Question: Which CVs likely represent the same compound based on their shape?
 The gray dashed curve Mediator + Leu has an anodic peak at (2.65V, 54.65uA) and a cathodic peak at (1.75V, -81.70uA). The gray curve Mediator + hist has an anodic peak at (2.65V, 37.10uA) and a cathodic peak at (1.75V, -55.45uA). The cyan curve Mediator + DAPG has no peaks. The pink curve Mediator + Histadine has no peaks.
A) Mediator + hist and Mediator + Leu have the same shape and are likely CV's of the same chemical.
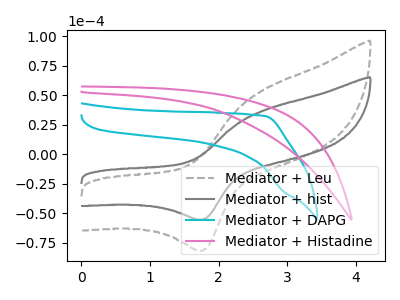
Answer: <think>All the peaks in "Mediator + Leu" have a peak in "Mediator + hist" at the same potential. Every peak in "Mediator + Leu" is higher than every peak in "Mediator + hist". "Mediator + Leu" and "Mediator + DAPG" have a different number of peaks. "Mediator + Leu" and "Mediator + Histadine" have a different number of peaks. "Mediator + hist" and "Mediator + DAPG" have a different number of peaks. "Mediator + hist" and "Mediator + Histadine" have a different number of peaks. Neither "Mediator + DAPG" or "Mediator + Histadine" have any peaks.
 </think>
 <answer>A) "Mediator + hist" and "Mediator + Leu" have the same shape and are likely CV's of the same chemical.</answer>
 <eval>A</eval>